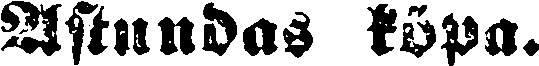
Astundas köpa.